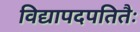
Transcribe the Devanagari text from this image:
विद्यापदपतितैः